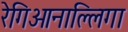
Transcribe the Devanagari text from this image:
रेगिओनाल्लिगा